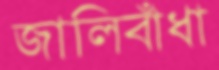
জালিবাঁধা